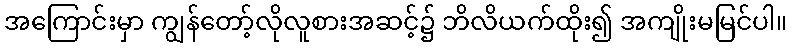
အကြောင်းမှာ ကျွန်တော့်လိုလူစားအဆင့်၌ ဘိလိယက်ထိုး၍ အကျိုးမမြင်ပါ။